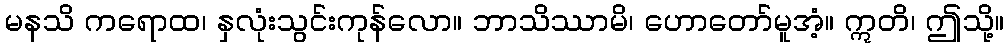
မနသိ ကရောထ၊ နှလုံးသွင်းကုန်လော။ ဘာသိဿာမိ၊ ဟောတော်မူအံ့။ ဣတိ၊ ဤသို့။